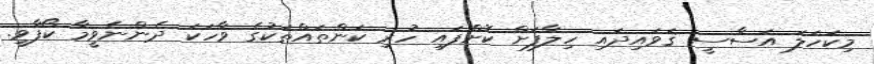
މިކަހަލަ އަސާސީ ޤަވައިދައި ހިލާފަށް ކޮށްފައި ހުރި ކަންތައްތަކުގެ ވާހަކަ ދެންނެވީމާ ކޯފާވީ.